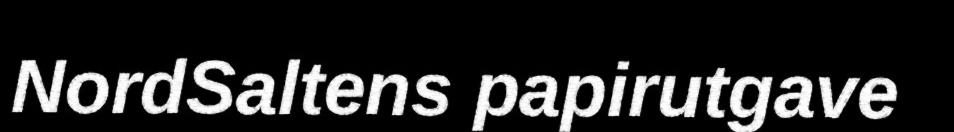
NordSaltens papirutgave